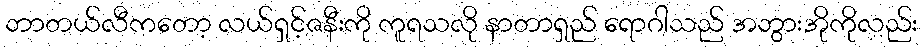
ဘာတယ်လီကတော့ လယ်ရှင့်ဇနီးကို ကူရသလို နာတာရှည် ရောဂါသည် အဘွားအိုကိုလည်း